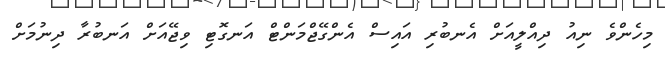
މިހެންވެ ނިއު ދިއްލީއަށް އެނބުރި އައިސް އެންގޭޖްމަންޓް އަނގޮޓި ވިޖޭއަށް އަނބުރާ ދިނުމަށް